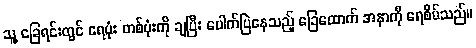
သူ့ ခြေရင်းတွင် ရေပုံး တစ်ပုံးကို ချပြီး ပေါက်ပြဲနေသည့် ခြေထောက် အနာကို ရေစိမ်သည်။